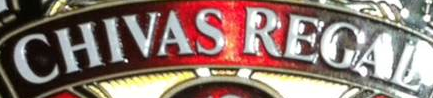
CHIVAS REGAL